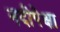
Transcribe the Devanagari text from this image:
नदीपेक्षा